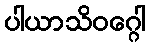
ပါယာသိဝဂ္ဂေါ